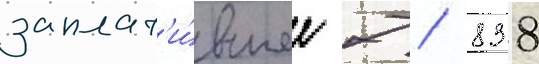
заплат'и́вшее 7 / 838